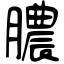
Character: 膿